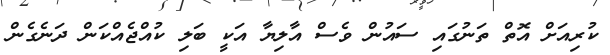
ކުރިއަށް އޮތް ތަނުގައި ސައުން ވެސް އާލިޔާ އަކީ ބަލި ކުއްޖެއްކަން ދަނެގެން